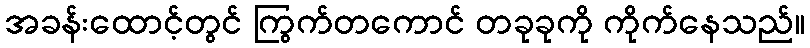
အခန်းထောင့်တွင် ကြွက်တကောင် တခုခုကို ကိုက်နေသည်။